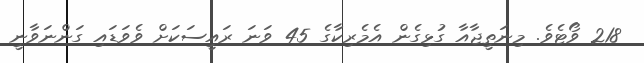
218 ވޯޓެވެ. މިނަތީޖާއާ ގުޅިގެން އެމެރިކާގެ 45 ވަނަ ރައީސަކަށް ވެވަޑައި ގަންނަވާނީ